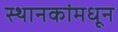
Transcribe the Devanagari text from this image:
स्थानकांमधून